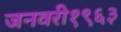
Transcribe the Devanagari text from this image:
जनवरी१९६३